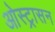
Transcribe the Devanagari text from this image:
ओस्ट्रासन